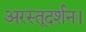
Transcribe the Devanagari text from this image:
अरस्तूदर्शन।